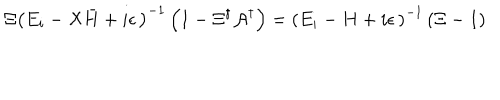
\Xi \left( E _ { i } - { \cal X } { \bar { H } } + i \epsilon \, \right) ^ { - 1 } \left( 1 - \Xi ^ { \dagger } { \cal A } ^ { \dagger } \right) = \left( E _ { i } - H + i \epsilon \, \right) ^ { - 1 } \left( \Xi - 1 \right)